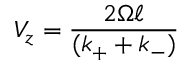
V _ { z } = { \frac { 2 \Omega \ell } { ( k _ { + } + k _ { - } ) } }